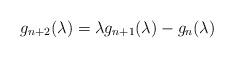
LaTeX: \begin{align*} g_{n+2}(\lambda)= \lambda g_{n+1}(\lambda) - g_{n}(\lambda) \end{align*}